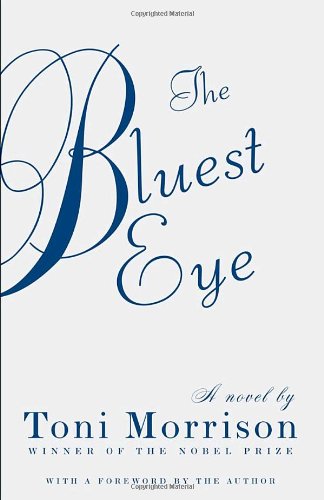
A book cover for The Bluest Eye (Vintage International); Toni Morrison; Literature & Fiction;